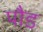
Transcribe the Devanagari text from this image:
पाैड